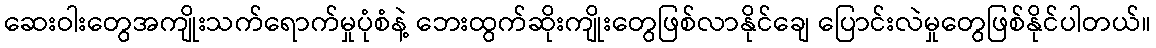
ဆေးဝါးတွေအကျိုးသက်ရောက်မှုပုံစံနဲ့ ဘေးထွက်ဆိုးကျိုးတွေဖြစ်လာနိုင်ချေ ပြောင်းလဲမှုတွေဖြစ်နိုင်ပါတယ်။